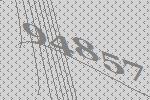
94857